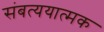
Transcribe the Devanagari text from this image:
संबत्ययात्मक